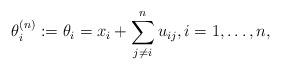
LaTeX: \begin{gather*} \theta_{i}^{(n)}:=\theta_i = x_i + \sum_{j \not= i}^{n} u_{ij}, i=1,\ldots,n, \end{gather*}